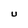
Character: U